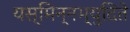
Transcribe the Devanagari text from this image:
यस्मिन्नभ्युदिते